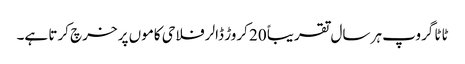
ٹاٹا گروپ ہر سال تقریباً 20 کروڑ ڈالر فلاحی کاموں پر خرچ کرتا ہے۔